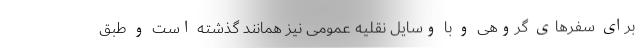
برای سفرهای گروهی و با وسایل نقلیه عمومی نیز همانند گذشته است و طبق